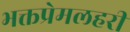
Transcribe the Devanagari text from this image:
भक्तप्रेमलहरी